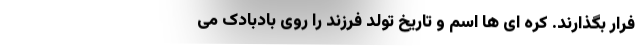
فرار بگذارند. کره ای ها اسم و تاریخ تولد فرزند را روی بادبادک می